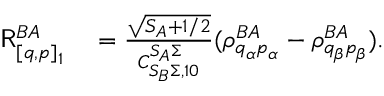
\begin{array} { r l } { \mathsf { R } _ { [ q , p ] _ { 1 } } ^ { B A } } & { { } = \frac { \sqrt { S _ { A } + 1 / 2 } } { C _ { S _ { B } \Sigma , 1 0 } ^ { S _ { A } \Sigma } } ( \rho _ { q _ { \alpha } p _ { \alpha } } ^ { B A } - \rho _ { q _ { \beta } p _ { \beta } } ^ { B A } ) . } \end{array}